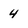
Character: 4